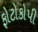
ફોટોકોપી